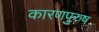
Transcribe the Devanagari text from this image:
कारणपुरुष